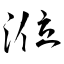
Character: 涖